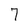
Character: 7